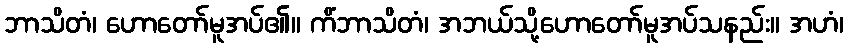
ဘာသိတံ၊ ဟောတော်မူအပ်၏။ ကိံဘာသိတံ၊ အဘယ်သို့ဟောတော်မူအပ်သနည်း။ အဟံ၊